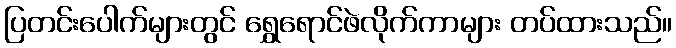
ပြတင်းပေါက်များတွင် ရွှေရောင်ဖဲလိုက်ကာများ တပ်ထားသည်။